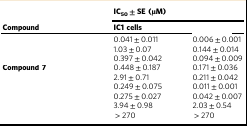
<table><thead><tr><td>[EMPTY_CELL]</td><td colspan="2"><b>IC<sub>50</sub> ± SE (μM)</b></td></tr><tr><td><b>Compound</b></td><td><b>IC1 cells</b></td><td>[EMPTY_CELL]</td></tr></thead><tbody><tr><td>[EMPTY_CELL]</td><td>0.041 ± 0.011</td><td>0.006 ± 0.001</td></tr><tr><td>[EMPTY_CELL]</td><td>1.03 ± 0.07</td><td>0.144 ± 0.014</td></tr><tr><td>[EMPTY_CELL]</td><td>0.397 ± 0.042</td><td>0.094 ± 0.009</td></tr><tr><td><b>Compound 7</b></td><td>0.448 ± 0.187</td><td>0.171 ± 0.036</td></tr><tr><td>[EMPTY_CELL]</td><td>2.91 ± 0.71</td><td>0.211 ± 0.042</td></tr><tr><td>[EMPTY_CELL]</td><td>0.249 ± 0.075</td><td>0.011 ± 0.001</td></tr><tr><td>[EMPTY_CELL]</td><td>0.275 ± 0.027</td><td>0.042 ± 0.007</td></tr><tr><td>[EMPTY_CELL]</td><td>3.94 ± 0.98</td><td>2.03 ± 0.54</td></tr><tr><td>[EMPTY_CELL]</td><td> &gt; 270</td><td> &gt; 270</td></tr></tbody></table>